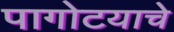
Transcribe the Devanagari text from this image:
पागोटयाचे